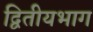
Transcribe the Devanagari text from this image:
द्वितीयभाग